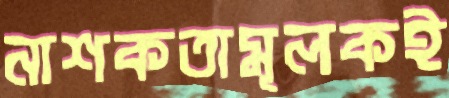
নাশকতামূলকই